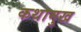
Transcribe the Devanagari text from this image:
कथामुख